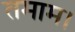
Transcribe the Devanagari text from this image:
तमाम।